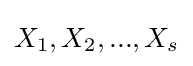
X_{1},X_{2},...,X_{s}